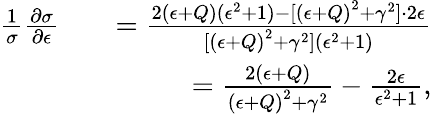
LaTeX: \begin{array}{rlr}{\frac{1}{\sigma}\frac{\partial\sigma}{\partial\epsilon}}&{}&{=\frac{2(\epsilon+Q)(\epsilon^{2}+1)-[{(\epsilon+Q)}^{2}+\gamma^{2}]\cdot 2\epsilon}{[{(\epsilon+Q)}^{2}+\gamma^{2}](\epsilon^{2}+1)}}\\ &{}&{=\frac{2\left(\epsilon+Q\right)}{{\left(\epsilon+Q\right)}^{2}+\gamma^{2}}-\frac{2\epsilon}{\epsilon^{2}+1},}\end{array}